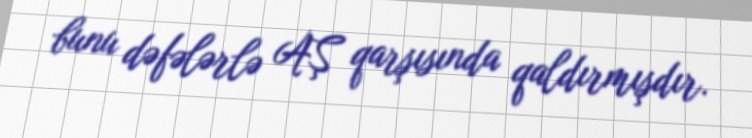
bunu dəfələrlə AŞ qarşısında qaldırmışdır.